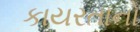
કાયરતાનો